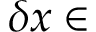
\delta x \in